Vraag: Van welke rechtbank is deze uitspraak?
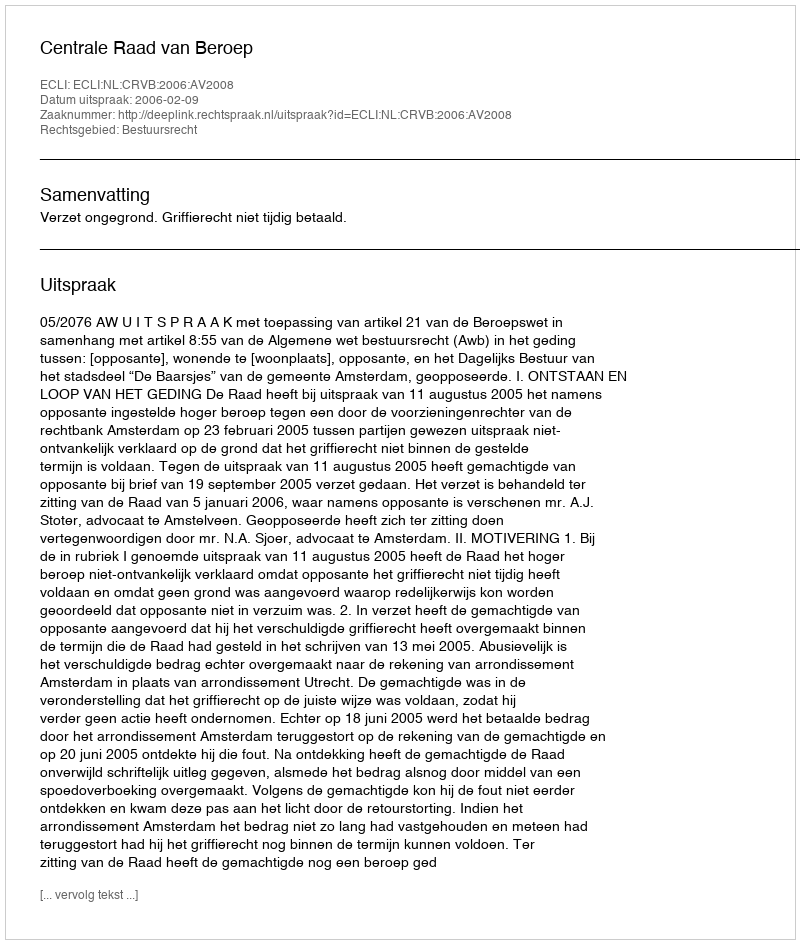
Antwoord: Centrale Raad van Beroep